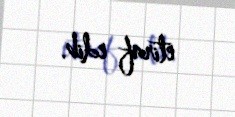
etiraf edib.